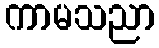
ကာမသညာ